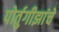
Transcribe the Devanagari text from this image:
पोर्तुगीझांचे